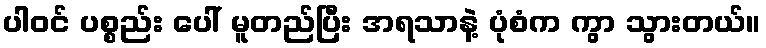
ပါဝင် ပစ္စည်း ပေါ် မူတည်ပြီး အရသာနဲ့ ပုံစံက ကွာ သွားတယ်။